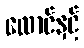
ထောင်နှင့်